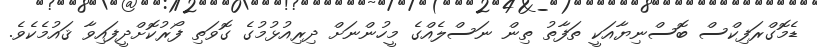
ޑެމޮގްރަފިކްސް ބޮސްނިޔާއަކީ ތަފާތު ތިން ނަސްލެއްގެ މީހުންނަށް ދިރިއުޅުމުގެ ގޮވަތި ފޯރުކޮށްދީފައިވާ ޤައުމެކެވެ.